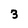
Character: 3